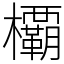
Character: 𣠽